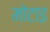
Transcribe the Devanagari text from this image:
मोटाइ